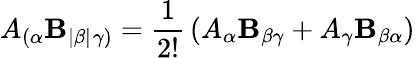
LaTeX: A_{(\alpha}\mathbf{B}_{|\beta|}{}_{\gamma)}={\frac{{1}}{{2!}}}\left(A_{\alpha}\mathbf{B}_{\beta\gamma}+A_{\gamma}\mathbf{B}_{\beta\alpha}\right)